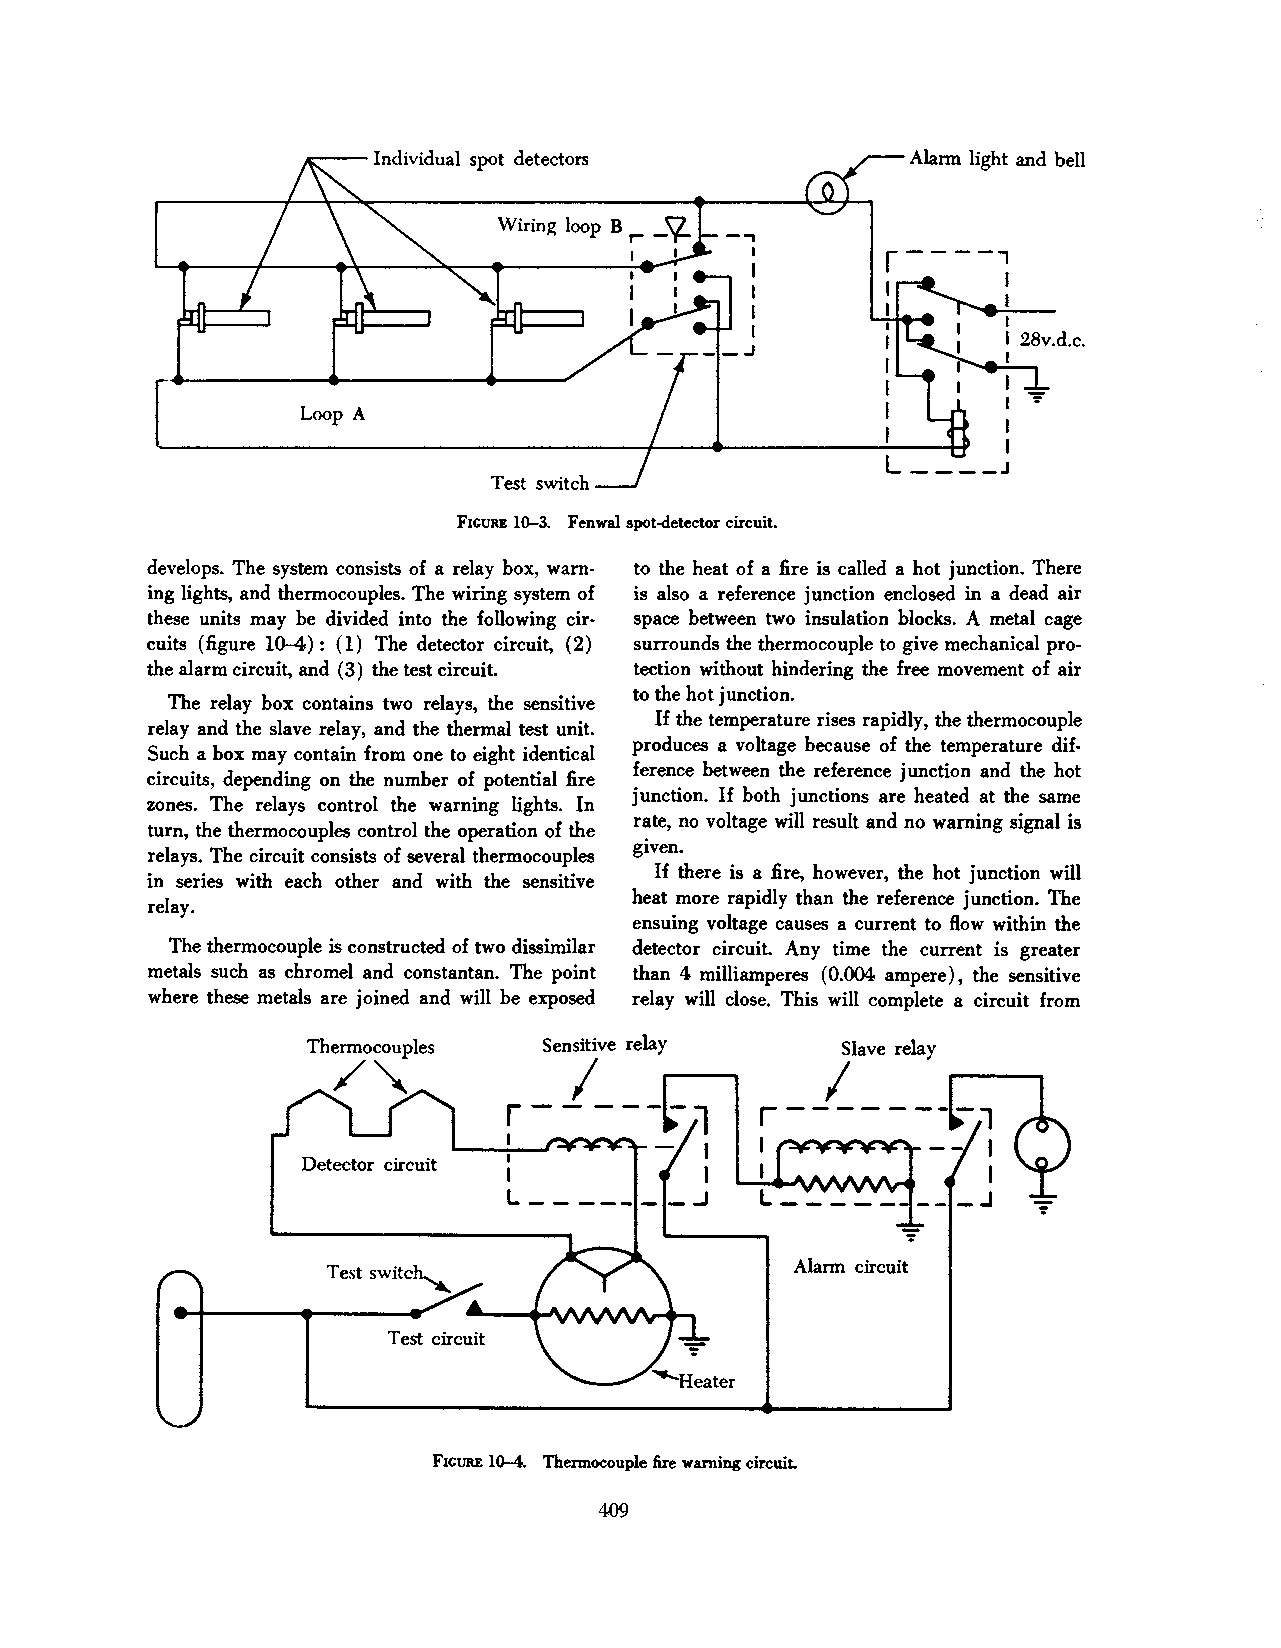
Alarm light and bell
 -'I
 Wiring loop B r-
 I  I
 Loop A
 FiGURE lG-3. Fenwal spot-detector circuiL
 develops. The system consists of a relay box, warn to the heat of a fire is called a hot junction. There
 ing lights, and thermocouples. The wiring system of is also a reference junction enclosed in a dead air
 these units may be divided into the following cir space between two insulation blocks. A metal cage
 cuits (figure 10-4): (1) The detector circuit, (2) surrounds the thermocouple to give mechanical pro
 the alarm circuit, and ( 3) the test circuit. tection without hindering the free movement of air
 to the hot junction.
 The relay box contains two relays, the sensitive
 If the temperature rises rapidly, the thermocouple
 relay and the slave relay, and the thermal test unit.
 produces a voltage because of the temperature dif
 Such a box may contain from one to eight identical
 ference between the reference junction and the hot
 circuits, depending on the number of potential fire
 junction. If both junctions are heated at the same
 zones. The relays control the warning. lights. In
 rate, no voltage will result and no warning signal is
 tum, the thermocouples control the operation of the
 given.
 relays. The circuit consists of several thermocouples
 If there is a fire, however, the hot junction will
 in series with each other and with the sensitive
 heat more rapidly than the reference junction. The
 relay.
 ensuing voltage causes a current to ftow within the
 The thermocouple is constructed of two dissimilar detector circuit. Any time the current is greater
 metals such as chrome} and constantan. The point than 4 milliamperes ( 0.004 ampere), the sensitive
 where these metals are joined and will be exposed relay will close. This will complete a circuit from
 Slave relay
 I
 r------
 1
 Detector circuit
 I
 L-----
 Alarm circuit
 FiGURE 10-4. Thermocouple fire warning circuiL
 409